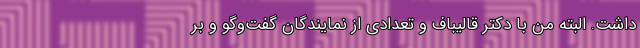
داشت. البته من با دکتر قالیباف و تعدادی از نمایندگان گفت‌وگو و بر